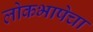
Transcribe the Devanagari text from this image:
लोकभाषेचा